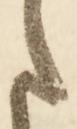
ま